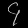
Digit: ၄